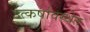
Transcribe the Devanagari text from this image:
उत्कर्षावस्थेत